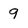
Character: 9